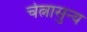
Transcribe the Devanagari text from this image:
चेत्नासुन्य